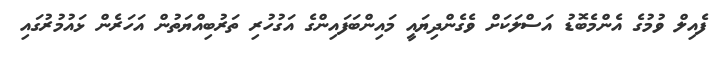
ފެއިލް ވުމުގެ އެންމެބޮޑު އަސްލަކަށް ވެގެންދިޔައީ މައިންބަފައިންގެ އަގުހުރި ތަރުބިއްޔަތުން އަހަރެން ޅައުމުރުގައި